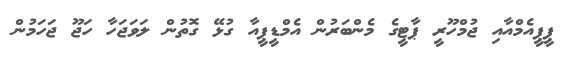
ޕީޕީއެމްއާއި ޖުމްހޫރީ ޕާޓީގެ މެންބަރުން އެމްޑީޕީއާ ގުޅޭ ގޮތުން ލަވަޖަހާ ހަޖޫ ޖަހަމުން